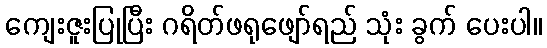
ကျေးဇူးပြုပြီး ဂရိတ်ဖရုဖျော်ရည် သုံး ခွက် ပေးပါ။